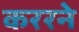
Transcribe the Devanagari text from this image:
कररने